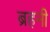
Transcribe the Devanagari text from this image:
ब्रहनी